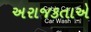
અરાજકતાએ